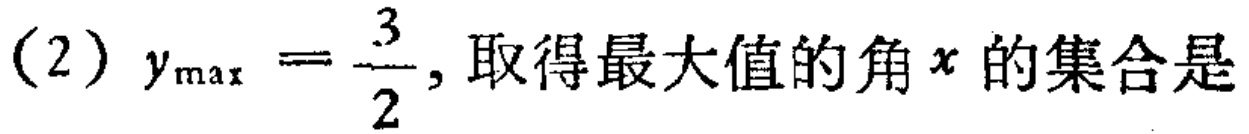
(2) $y_{\max}=\frac{3}{2}$, 取得最大值的角$x$的集合是